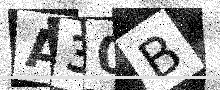
Text: A30B